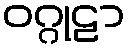
ဝဂ္ဂုဠာ